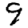
Digit: 9